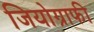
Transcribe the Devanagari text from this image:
जियोग्राफी